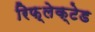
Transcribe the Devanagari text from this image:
रिफ़्लेक्टेड